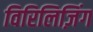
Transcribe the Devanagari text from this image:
विरिलिज़िंग